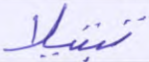
تبتيلا